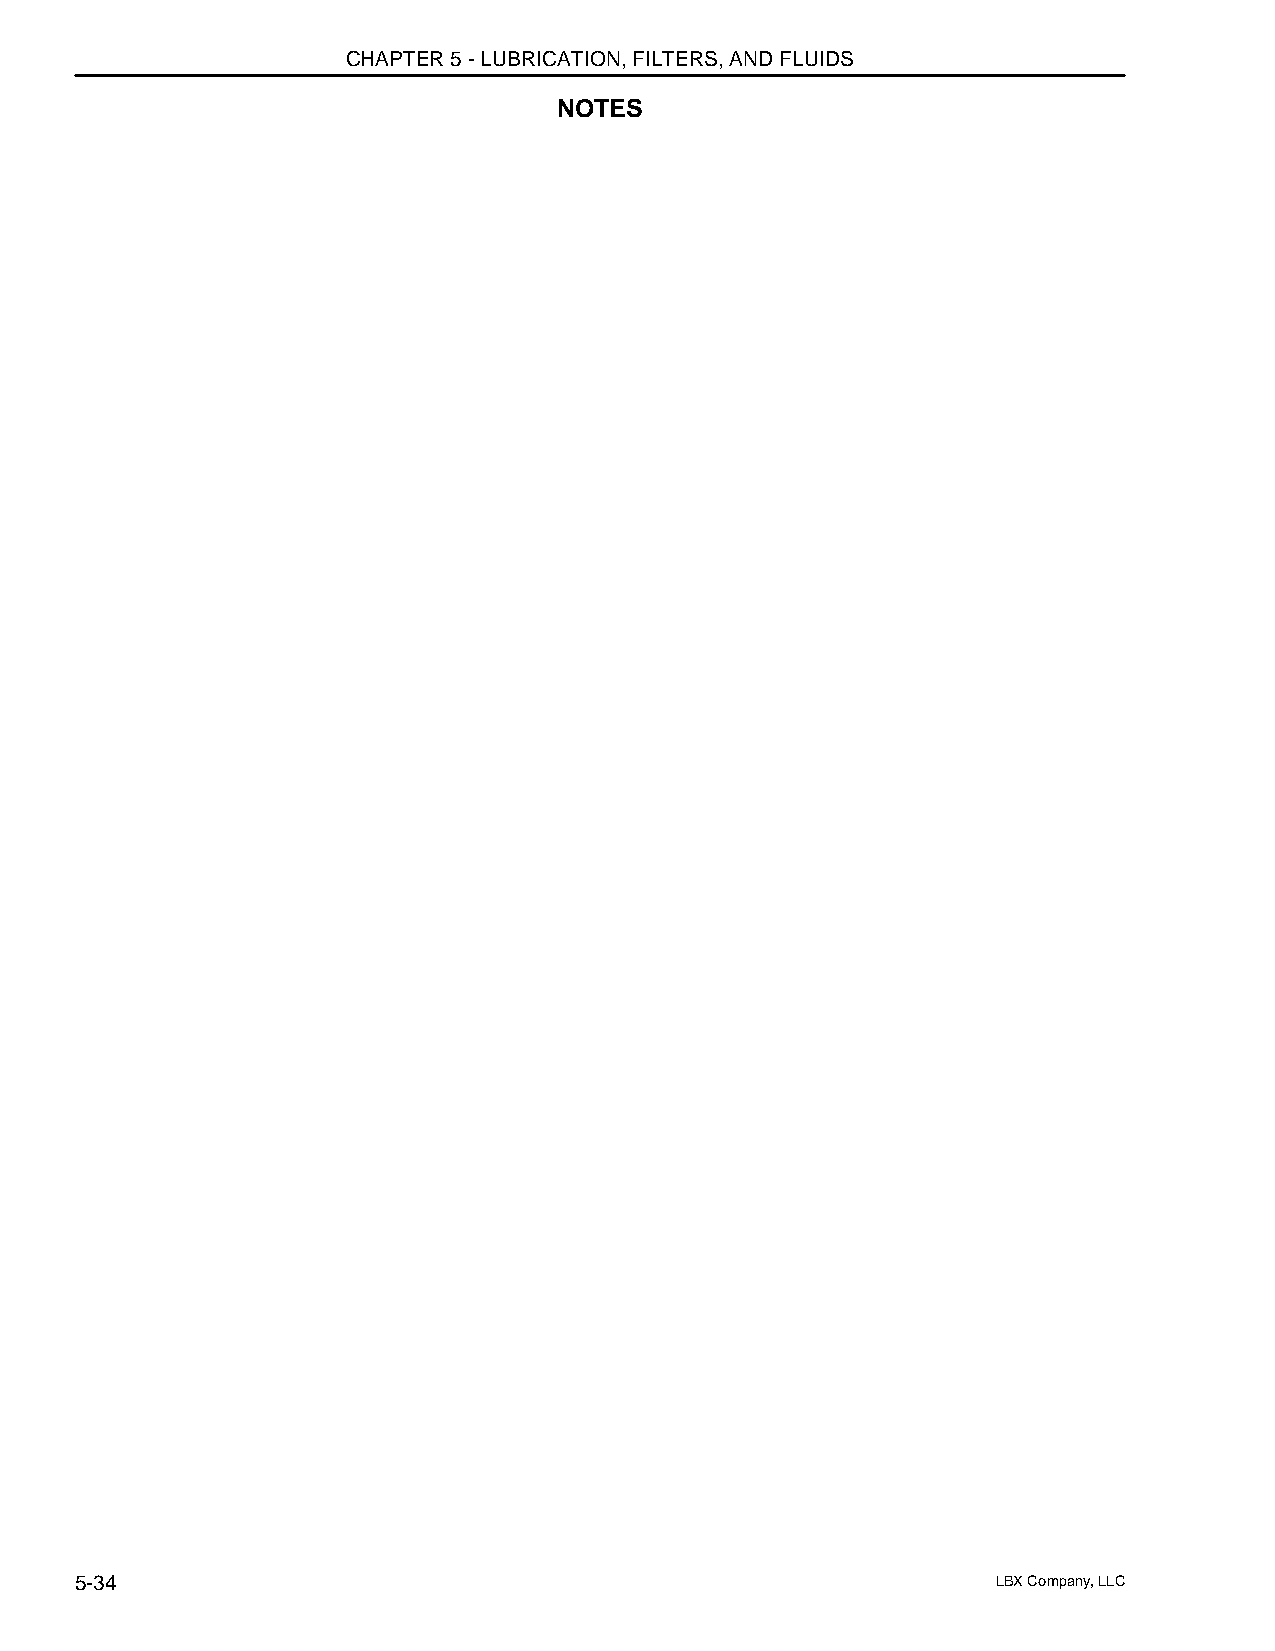
CHAPTER 5 - LUBRICATION, FILTERS, AND FLUIDS
 NOTES
 5-34                                                         LBX Company, LLC